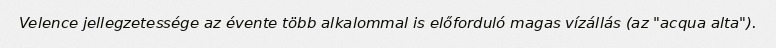
Velence jellegzetessége az évente több alkalommal is előforduló magas vízállás (az "acqua alta").